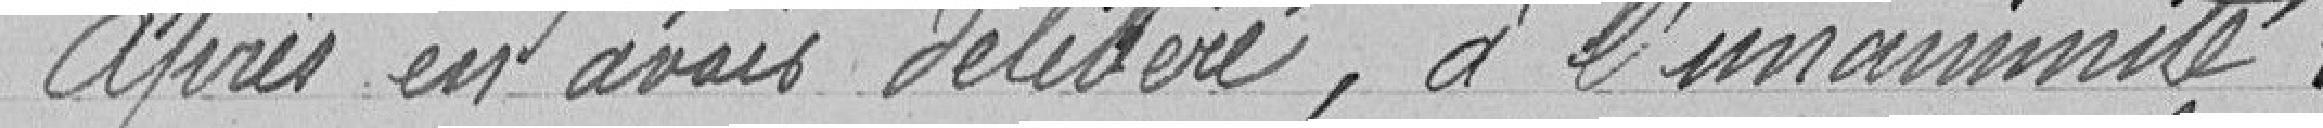
Après en avoir délibéré, à l'unanimité: